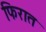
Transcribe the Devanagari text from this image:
फिरात